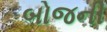
બોજની